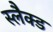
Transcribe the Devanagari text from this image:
स्लैक्ड